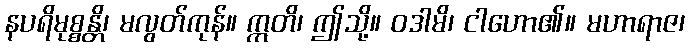
နပရိမုစ္စန္တိ၊ မလွတ်ကုန်။ ဣတိ၊ ဤသို့။ ဝဒါမိ၊ ငါဟော၏။ မဟာရာဇ၊